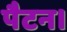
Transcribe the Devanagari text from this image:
पैटन।